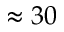
\approx { } 3 0